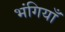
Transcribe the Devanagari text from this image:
भंगियाँ